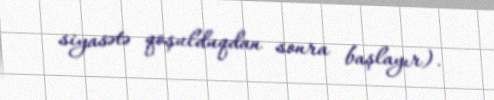
siyasətə qoşulduqdan sonra başlayır).